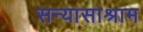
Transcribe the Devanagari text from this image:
सन्यासाश्राम